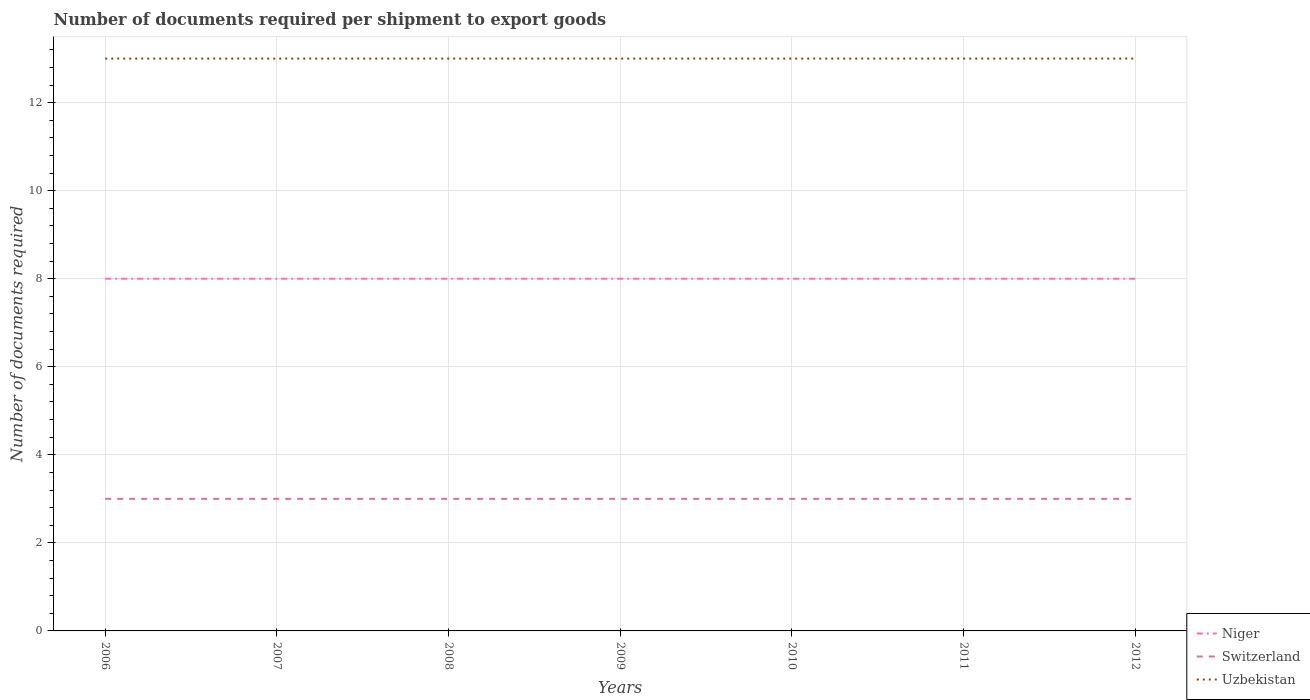
| Years | Niger | Switzerland | Uzbekistan |
 | --- | --- | --- | --- |
 | 2006 | 8 | 3 | 13 |
 | 2007 | 8 | 3 | 13 |
 | 2008 | 8 | 3 | 13 |
 | 2009 | 8 | 3 | 13 |
 | 2010 | 8 | 3 | 13 |
 | 2011 | 8 | 3 | 13 |
 | 2012 | 8 | 3 | 13 |